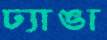
ঢ্যাঙা